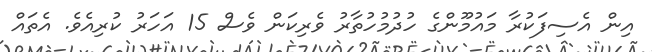
އިން އެސިފަކުރާ މައުމޫންގެ ހުދުމުހުތާރު ވެރިކަން ވެސް 15 އަހަރު ކުރިއެވެ. އެތައް